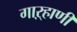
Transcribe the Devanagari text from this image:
गाऱ्हाणी